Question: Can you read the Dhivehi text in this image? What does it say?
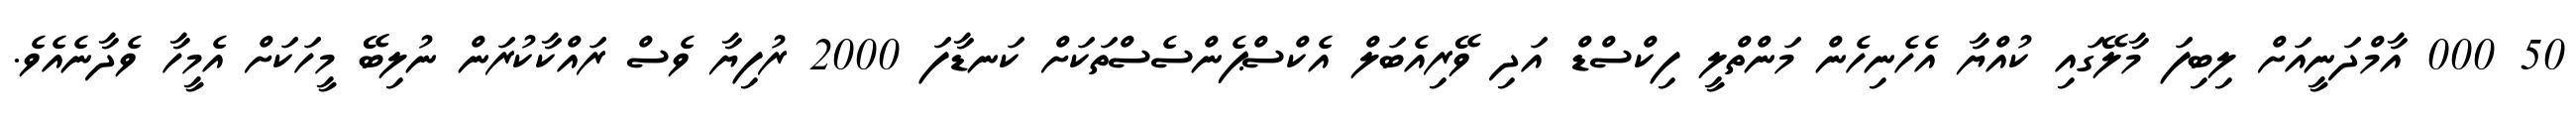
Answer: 50 000 އާމްދަނީއަށް ލިބިފަ މާލޭގައި ކުއްޔާ އެހެނިހެން މަންތްލީ ފިކްސްޑް އަދި ވޭރިއެބަލް އެކްސްޕެންސެސްތަކަށް ކަނޑާފަ 2000 ރުފިޔާ ވެސް ރައްކާކުރަން ނުލިބޭ މީހަކަށް އެމީހާ ވެދާނެއެވެ.